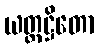
ယတ္ထဋ္ဌိတော